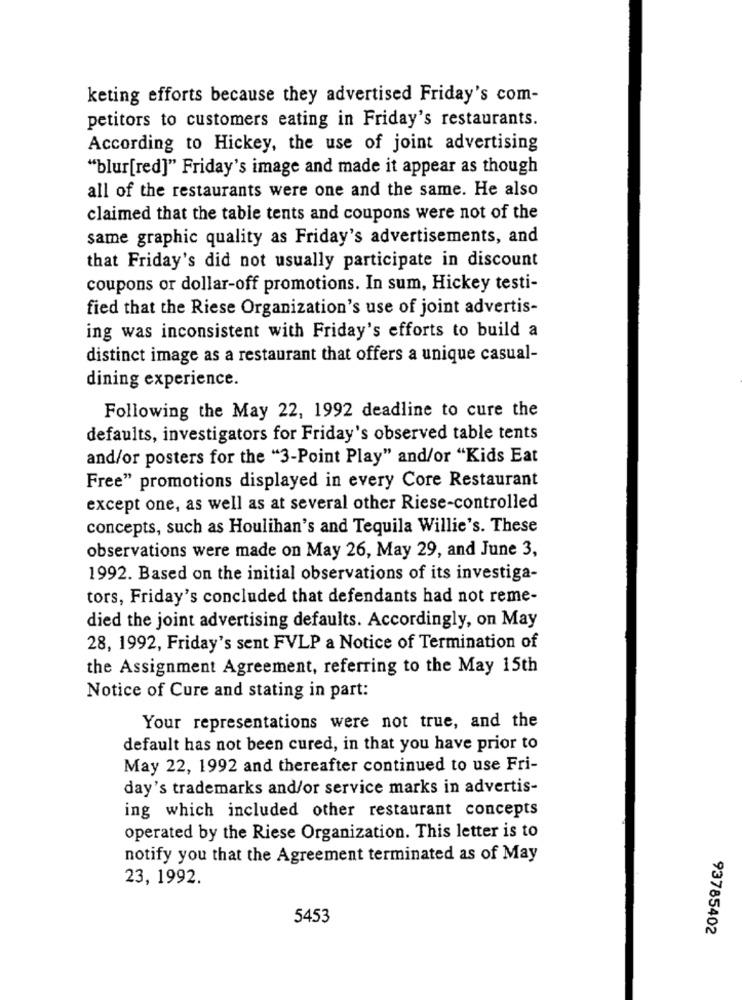
keting efforts because they advertised Friday's com-
petitors to customers eating in Friday's restaurants.
According to Hickey, the use of joint advertising
"blur[red]" Friday's image and made it appear as though
all of the restaurants were one and the same. He also
claimed that the table tents and coupons were not of the
same graphic quality as Friday's advertisements, and
that Friday's did not usually participate in discount
coupons or dollar-off promotions. In sum, Hickey testi-
fied that the Riese Organization's use of joint advertis-
ing was inconsistent with Friday's efforts to build a
distinct image as a restaurant that offers a unique casual-
dining experience.
Following the May 22, 1992 deadline to cure the
defaults, investigators for Friday's observed table tents
and/or posters for the "3-Point Play" and/or "Kids Eat
Free" promotions displayed in every Core Restaurant
except one, as well as at several other Riese-controlled
concepts, such as Houlihan's and Tequila Willie's. These
observations were made on May 26, May 29, and June 3,
1992. Based on the initial observations of its investiga-
tors, Friday's concluded that defendants had not reme-
died the joint advertising defaults. Accordingly, on May
28, 1992, Friday's sent FVLP a Notice of Termination of
the Assignment Agreement, referring to the May 15th
Notice of Cure and stating in part:
Your representations were not true, and the
default has not been cured, in that you have prior to
May 22, 1992 and thereafter continued to use Fri-
day's trademarks and/or service marks in advertis-
ing which included other restaurant concepts
operated by the Riese Organization. This letter is to
notify you that the Agreement terminated as of May
23, 1992.
5453
93785402